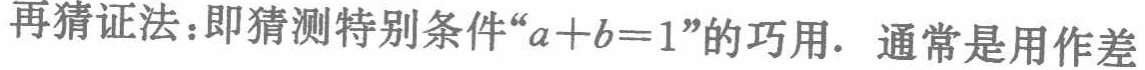
再猜证法：即猜测特别条件“\(a + b = 1\)”的巧用. 通常是用作差